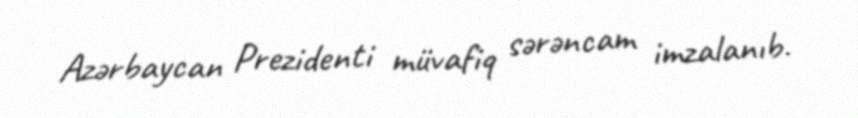
Azərbaycan Prezidenti müvafiq sərəncam imzalanıb.